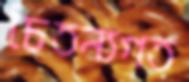
চৈতন্যগত